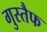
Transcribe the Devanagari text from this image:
गुस्तैफ